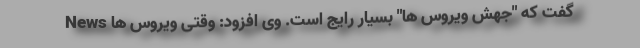
News گفت که "جهش ویروس ها" بسیار رایج است. وی افزود: وقتی ویروس ها